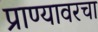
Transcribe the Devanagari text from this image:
प्राण्यावरचा